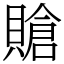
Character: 賶